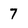
Character: 7